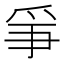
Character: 𤔇